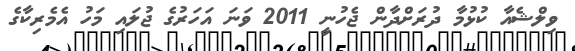
ވިލްޝެއާ ކުޅުމާ ދުރަށްދާން ޖެހުނީ 2011 ވަނަ އަހަރުގެ ޖުލައި މަހު އެމެރިކާގެ